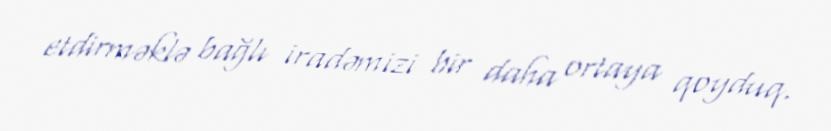
etdirməklə bağlı iradəmizi bir daha ortaya qoyduq.